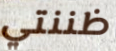
ظننتي